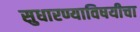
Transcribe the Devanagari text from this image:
सुधारण्याविषयीचा